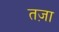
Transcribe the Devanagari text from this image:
तज़ा